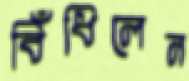
বিঁধিলেন